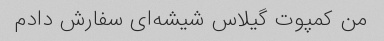
من کمپوت گیلاس شیشه‌ای سفارش دادم